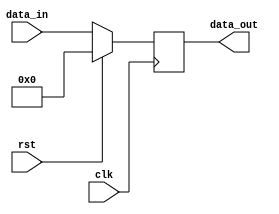
module reg_gen #(parameter bit_width=16) (clk, rst, data_in, data_out);

input clk, rst;
input [bit_width-1:0] data_in;
output [bit_width-1:0] data_out;

reg [bit_width-1:0] data_out;

always @(posedge clk) begin
if (rst==1'b1) begin
  data_out <= {bit_width{1'b0}};
end
else begin
  data_out <= data_in;
end
end
endmodule